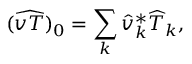
( \widehat { v T } ) _ { 0 } = \sum _ { k } \widehat { v } _ { k } ^ { * } \widehat { T } _ { k } ,